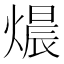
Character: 𤍴